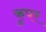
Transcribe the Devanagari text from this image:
कुपर